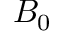
B _ { 0 }